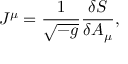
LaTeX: J ^ { \mu } = \frac { 1 } { \sqrt { - g } } \frac { \delta { \cal S } } { \delta A _ { \mu } } ,